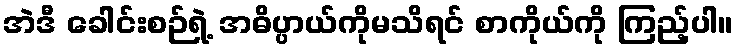
အဲဒီ ခေါင်းစဉ်ရဲ့ အဓိပ္ပာယ်ကိုမသိရင် စာကိုယ်ကို ကြည့်ပါ။